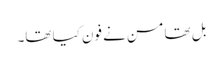
بل تھامسن نے فون کیا تھا۔